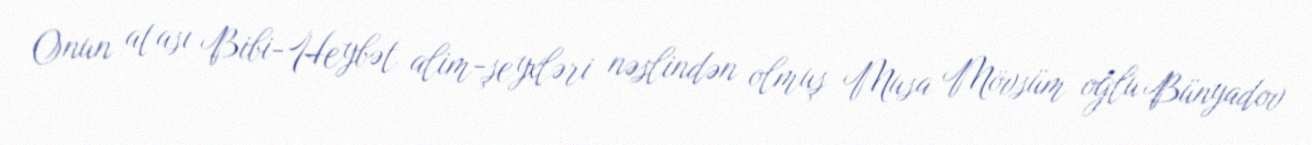
Onun atası Bibi-Heybət alim-şeyxləri nəslindən olmuş Musa Mövsüm oğlu Bünyadov